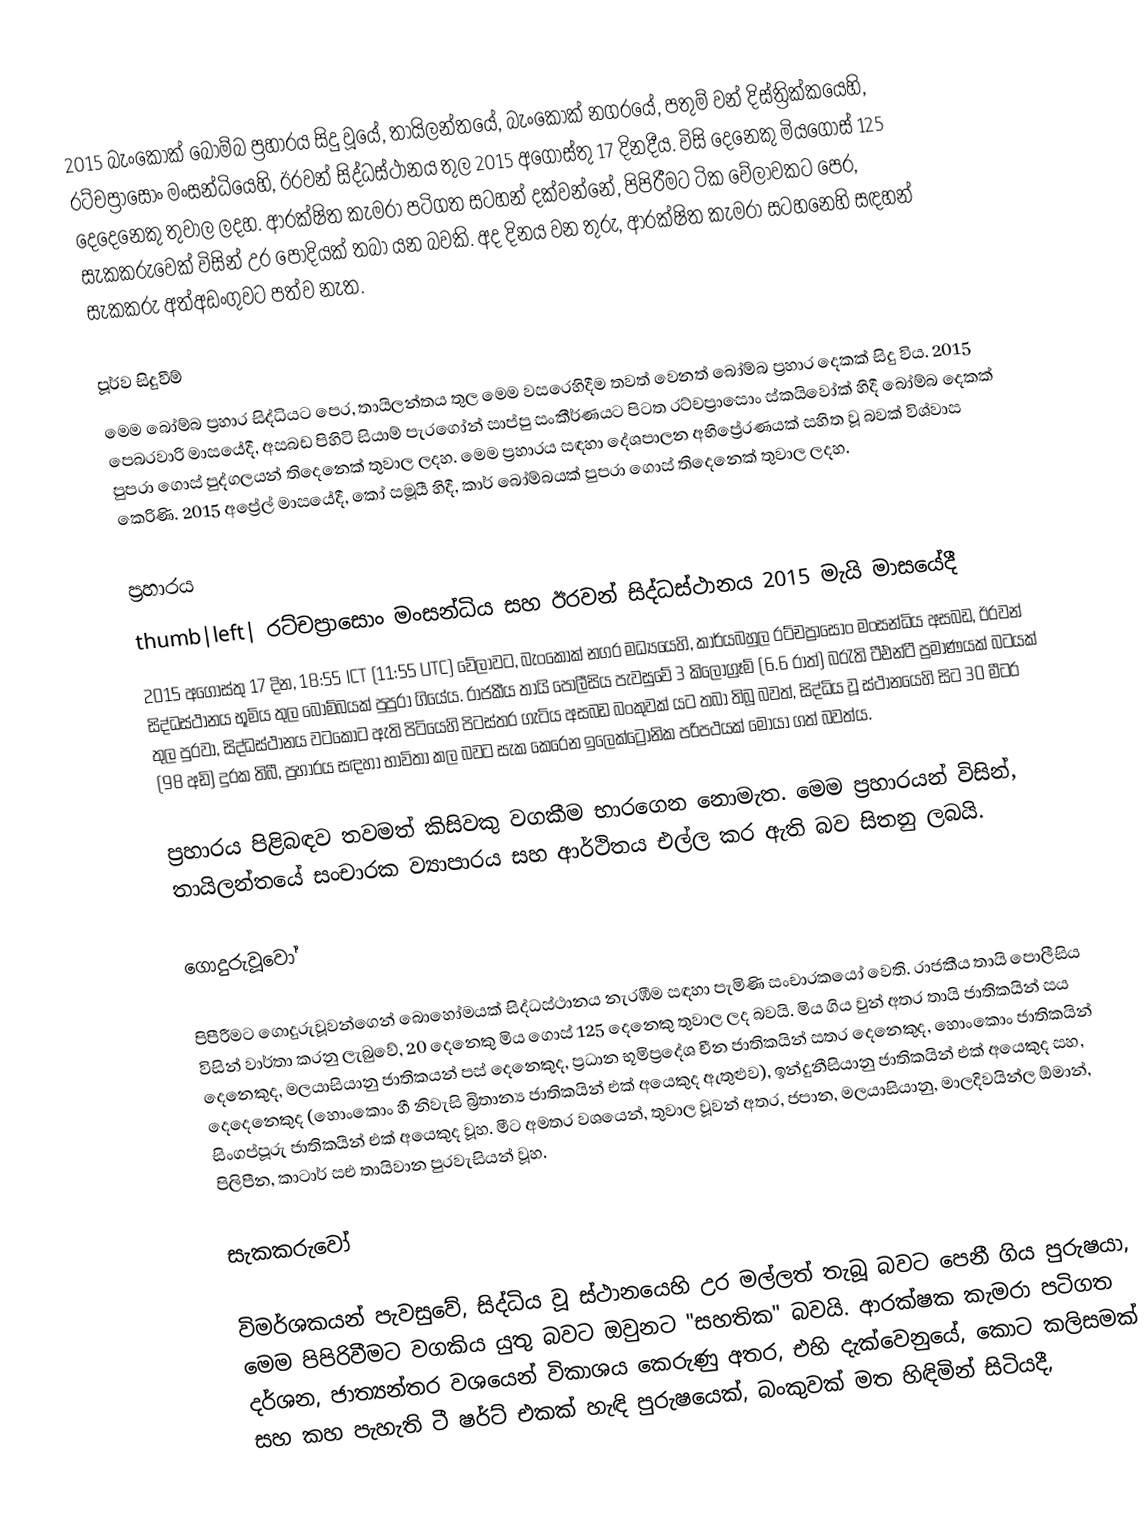
2015 බැංකොක් බෝම්බ ප්‍රහාරය සිදු වූයේ, තායිලන්තයේ,   බැංකොක් නගරයේ, පතුම් වන් දිස්ත්‍රික්කයෙහි,   රට්චප්‍රාසොං මංසන්ධියෙහි,  ඊරවන් සිද්ධස්ථානය  තුල 2015 අගෝස්තු 17 දිනදීය. විසි දෙනෙකු මියගොස් 125 දෙදෙනෙකු තුවාල ලදහ.  ආරක්ෂිත කැමරා පටිගත සටහන් දක්වන්නේ, පිපිරීමට ටික වේලාවකට පෙර,  සැකකරුවෙක් විසින් උර පොදියක් තබා යන බවකි. අද දිනය වන තුරු, ආරක්ෂිත කැමරා සටහනෙහි සඳහන් සැකකරු අත්අඩංගුවට පත්ව නැත.

පූර්ව සිදුවීම්
මෙම බෝම්බ ප්‍රහාර සිද්ධියට පෙර, තායිලන්තය තුල මෙම වසරෙහිදීම තවත් වෙනත් බෝම්බ ප්‍රහාර දෙකක් සිදු විය. 2015 පෙබරවාරි මාසයේදී, අසබඩ පිහිටි සියාම් පැරගෝන්  සාප්පු සංකීර්ණයට පිටත රට්චප්‍රාසොං ස්කයිවෝක් හිදී බෝම්බ දෙකක් පුපරා ගොස් පුද්ගලයන් තිදෙනෙක් තුවාල ලදහ. මෙම ප්‍රහාරය සඳහා දේශපාලන අභිප්‍රේරණයක් සහිත වූ බවක් විශ්වාස කෙරිණි. 2015 අප්‍රේල් මාසයේදී, කෝ සමූයී හිදී, කාර් බෝම්බයක් පුපරා ගොස් තිදෙනෙක් තුවාල ලදහ.

ප්‍රහාරය
thumb|left| රට්චප්‍රාසොං මංසන්ධිය සහ ඊරවන් සිද්ධස්ථානය 2015 මැයි මාසයේදී
2015 අගෝස්තු 17 දින, 18:55 ICT (11:55 UTC) වේලාවට, බැංකොක් නගර මධ්‍යයෙහි, කාර්යබහුල   රට්චප්‍රාසොං මංසන්ධිය අසබඩ, ඊරවන් සිද්ධස්ථානය භූමිය තුල බෝම්බයක් පුපුරා ගියේය. රාජකීය තායි පොලීසිය පැවසුවේ 3 කිලෝග්‍රෑම් (6.6 රාත්) බරැති ටීඑන්ටී ප්‍රමාණයක්  බටයක් තුල පුරවා, සිද්ධස්ථානය වටකොට ඇති පිටියෙහි පිටස්තර ගැටිය අසබඩ බංකුවක් යට තබා තිබූ බවත්, සිද්ධිය වූ ස්ථානයෙහි සිට  30 මීටර (98 අඩි) දුරක තිබී, ප්‍රහාරය සඳහා භාවිතා කල බවට සැක කෙරෙන ඉලෙක්ට්‍රොනික පරිපථයක් මොයා ගත් බවත්ය.

ප්‍රහාරය පිළිබඳව තවමත් කිසිවකු වගකීම භාරගෙන නොමැත. මෙම ප්‍රහාරයන් විසින්, තායිලන්තයේ සංචාරක ව්‍යාපාරය සහ ආර්ථිතය එල්ල කර ඇති බව සිතනු ලබයි.

ගොදුරුවූවෝ

පිපීරීමට ගොදුරුවූවන්ගෙන් බොහෝමයක් සිද්ධස්ථානය නැරඹීම සඳහා පැමිණි සංචාරකයෝ වෙති. රාජකීය තායි පොලීසිය විසින් වාර්තා කරනු ලැබුවේ, 20 දෙනෙකු මිය ගොස් 125 දෙනෙකු තුවාල ලද බවයි. මිය ගිය වුන් අතර තායි ජාතිකයින් සය දෙනෙකුද, මලයාසියානු ජාතිකයන් පස් දෙනෙකුද, ප්‍රධාන භූමිප්‍රදේශ චීන ජාතිකයින් සතර දෙනෙකුද, හොංකොං ජාතිකයින් දෙදෙනෙකුද (හොංකොං හී නිවැසි බ්‍රිතාන්‍ය ජාතිකයින් එක් අයෙකුද ඇතුළුව), ඉන්දුනීසියානු ජාතිකයින් එක් අයෙකුද සහ, සිංගප්පූරු ජාතිකයින් එක් අයෙකුද වූහ. මීට අමතර වශයෙන්, තුවාල වූවන් අතර, ජපාන, මලයාසියානු, මාලදිවයින්ල ඕමාන්, පිලිපීන, කාටාර් සඑ තායිවාන පුරවැසියන් වූහ.

සැකකරුවෝ

විමර්ශකයන් පැවසුවේ, සිද්ධිය වූ ස්ථානයෙහි උර මල්ලත් තැබූ බවට  පෙනී ගිය පුරුෂයා, මෙම පිපිරිවීමට වගකිය යුතු බවට ඔවුනට "සහතික" බවයි. ආරක්ෂක කැමරා පටිගත දර්ශන, ජාත්‍යන්තර වශයෙන් විකාශය කෙරුණු අතර, එහි දැක්වෙනුයේ, කොට කලිසමක් සහ කහ පැහැති ටී ෂර්ට් එකක් හැඳි පුරුෂයෙක්, බංකුවක් මත හිඳිමින් සිටියදී,